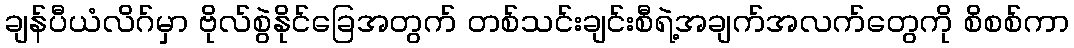
ချန်ပီယံလိဂ်မှာ ဗိုလ်စွဲနိုင်ခြေအတွက် တစ်သင်းချင်းစီရဲ့အချက်အလက်တွေကို စိစစ်ကာ